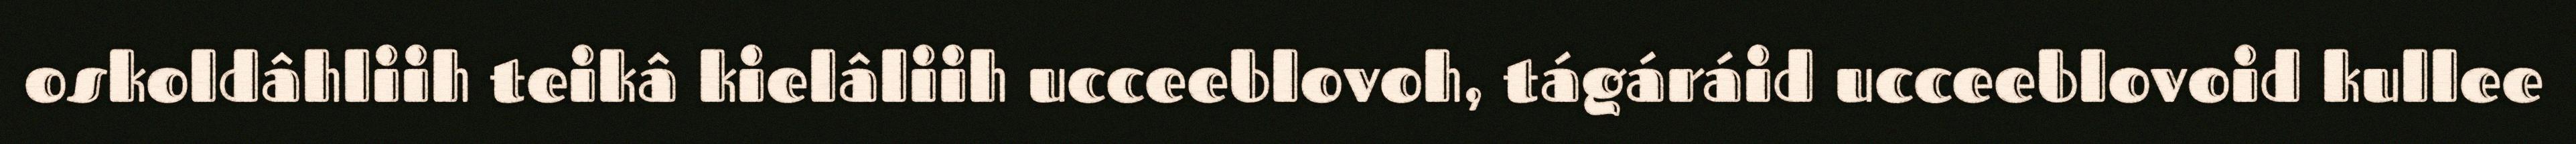
oskoldâhliih teikâ kielâliih ucceeblovoh, tágáráid ucceeblovoid kullee